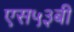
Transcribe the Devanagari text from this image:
एस५३बी